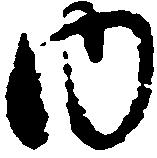
内